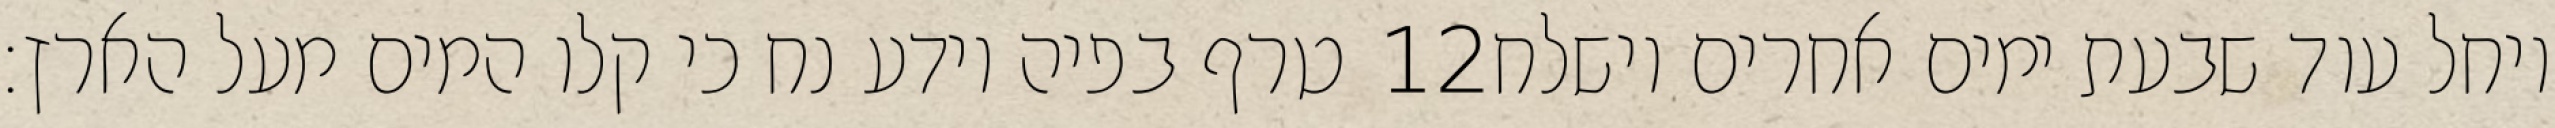
טרף בפיה וידע נח כי קלו המים מעל הארץ׃ ‎12‏ ויחל עוד שבעת ימים אחרים וישלח